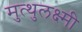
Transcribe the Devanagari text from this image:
मुत्थुलक्ष्मी